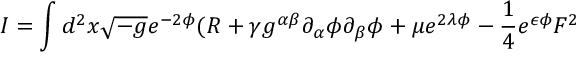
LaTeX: I = \int d ^ { 2 } x \sqrt { - g } e ^ { - 2 \phi } ( R + \gamma g ^ { \alpha \beta } \partial _ { \alpha } \phi \partial _ { \beta } { \phi } + \mu e ^ { 2 \lambda \phi } - \frac { 1 } { 4 } e ^ { \epsilon \phi } F ^ { 2 }